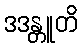
ဒဒန္တူတိ